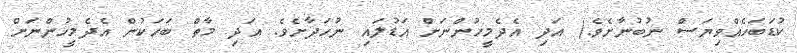
ކުޑަބަހެއްވިޔަސް ނުބުނާށެވެ.) އަދި އެދެމީހުންނަށް އަޑުލައި ނުހަދާށެވެ. އަދި މާތް ބަހަކުން އެދެމީހުންނަށް